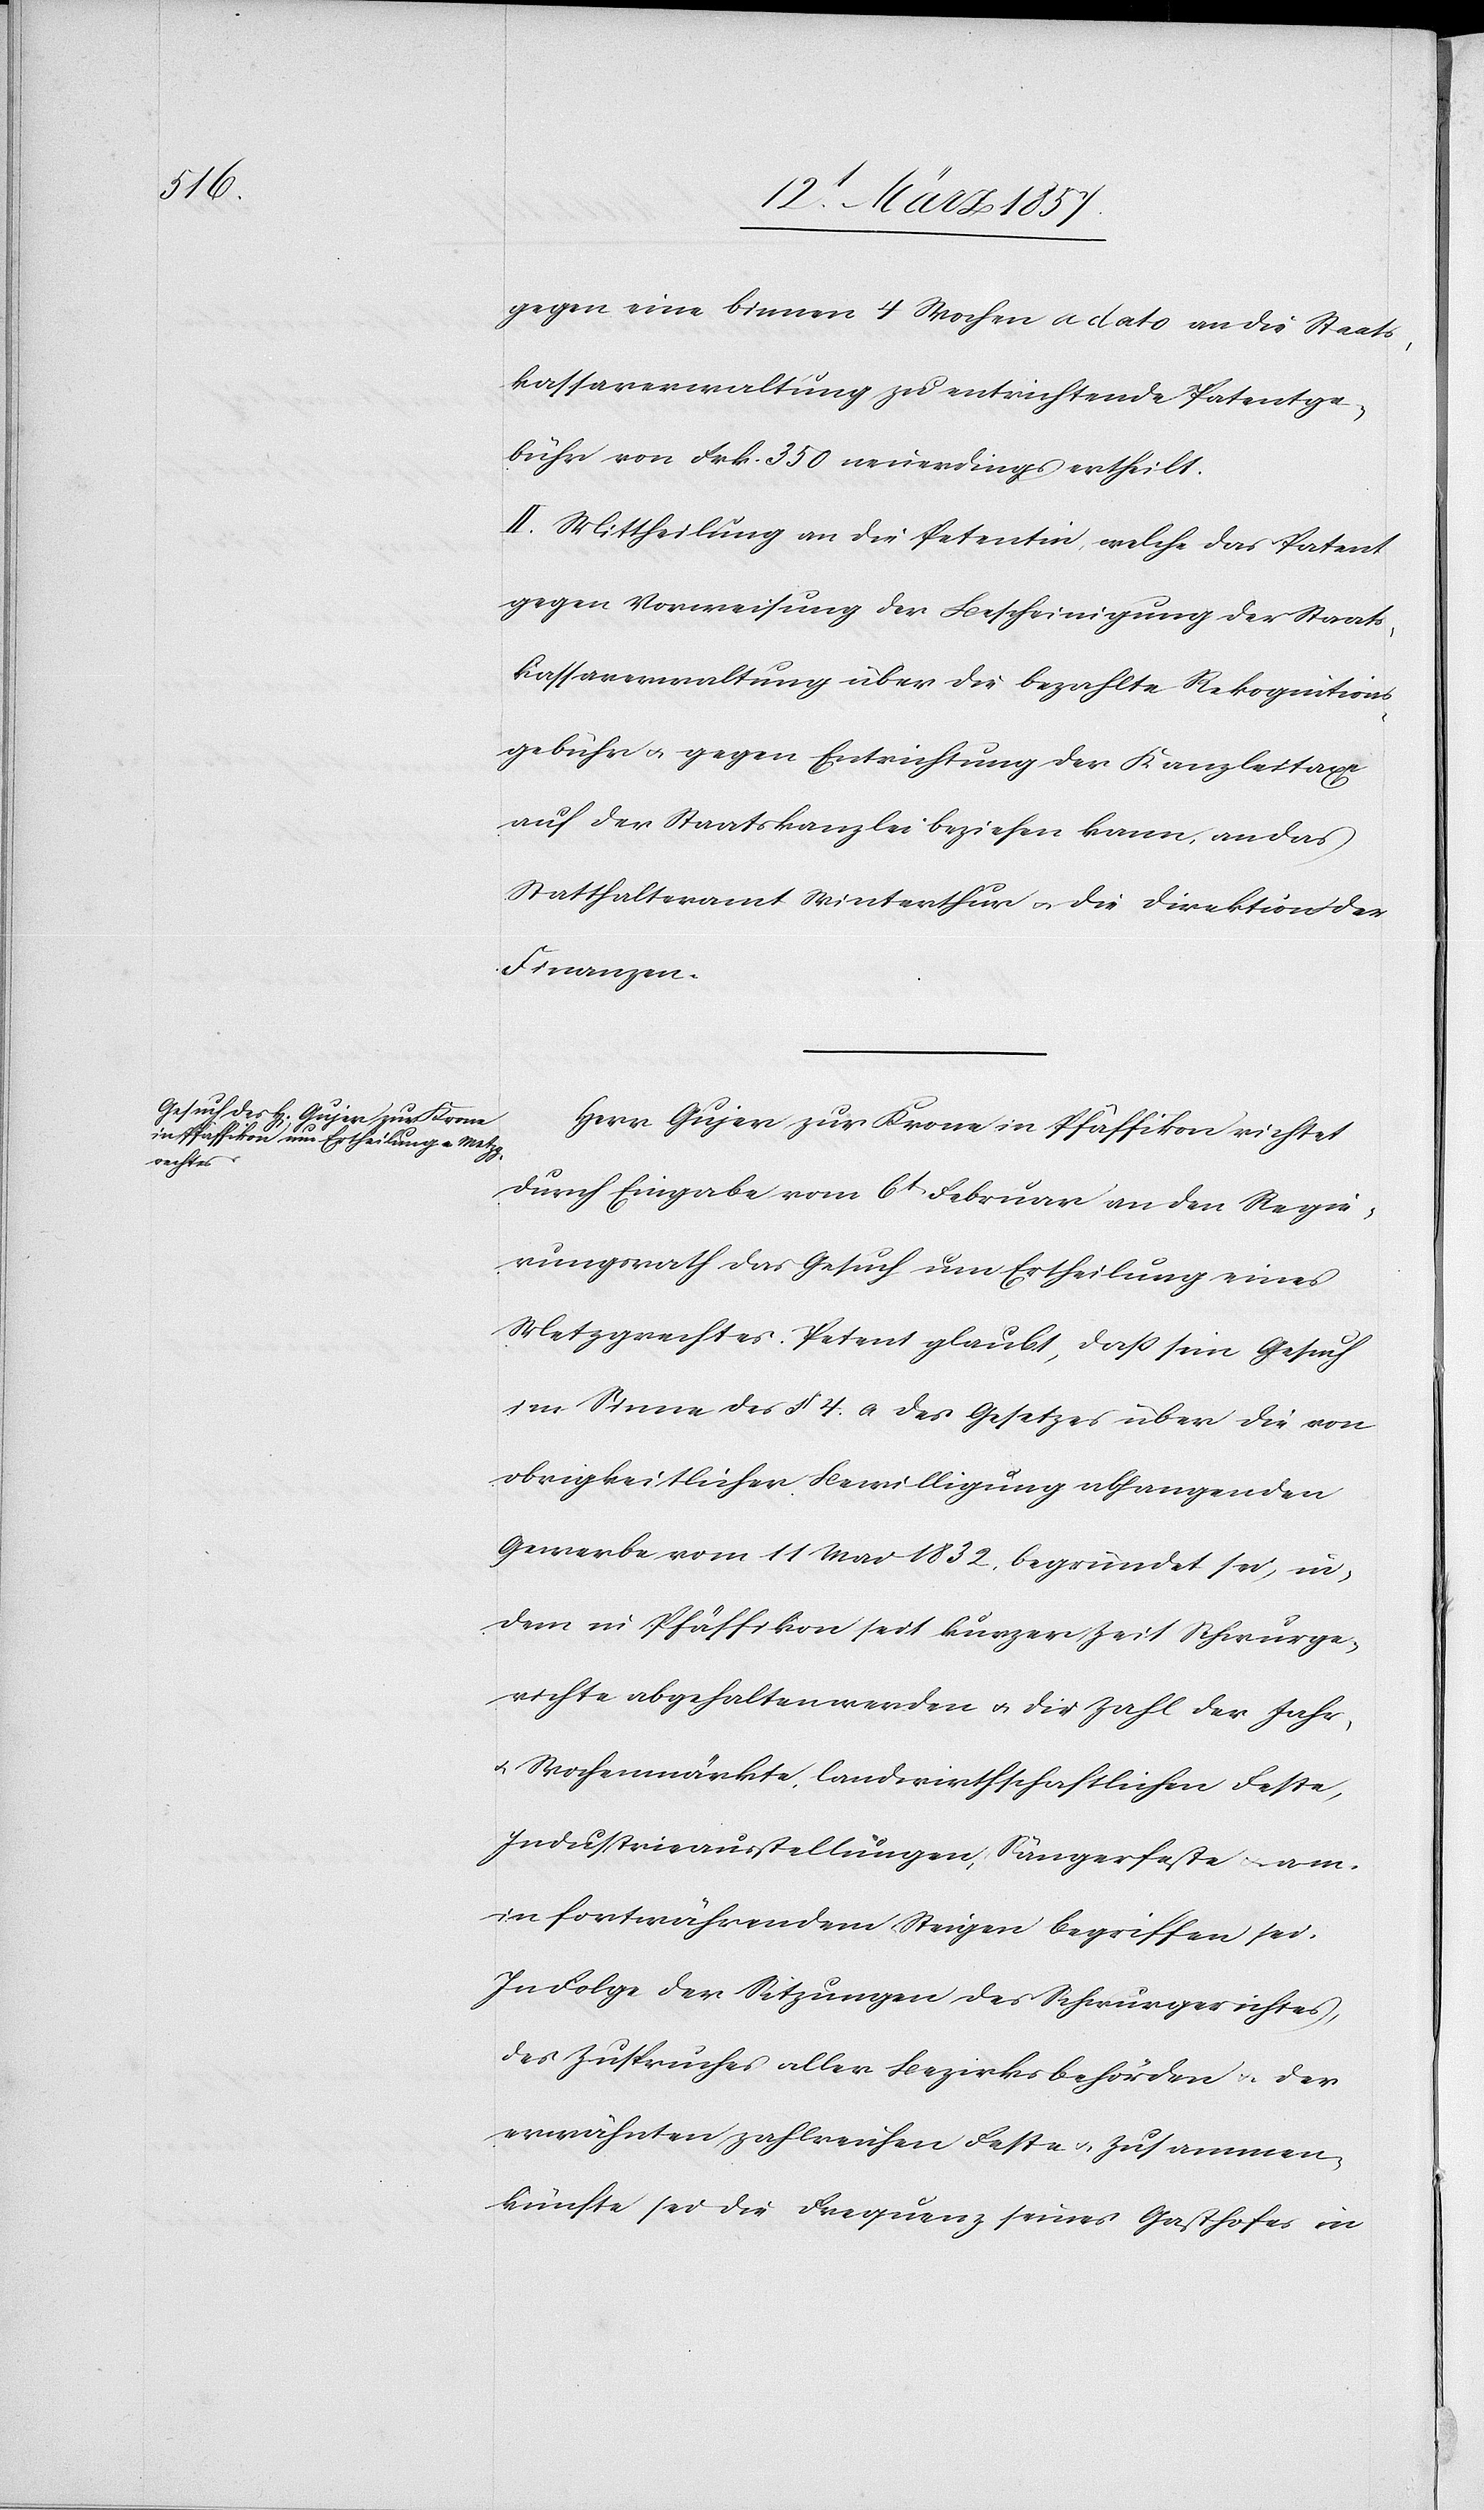
gegen eine binnen 4 Wochen a dato an die Staats¬
kassaverwaltung zu entrichtende Patentge¬
bühr von Frk. 350 neuerdings ertheilt.
II. Mittheilung an die Petentin, welche das Patent
gegen Vorweisung der Bescheinigung der Staats¬
kassaverwaltung über die bezahlte Rekognitions¬
gebühr u. gegen Entrichtung der Kanzleitaxe
auf der Staatskanzlei beziehen kann, an das
Statthalteramt Winterthur u. die Direktion der
Finanzen.
Herr Gujer zur Krone in Pfäffikon richtet
durch Eingabe vom 6t Februar an den Regie¬
rungsrath das Gesuch um Ertheilung eines
Metzgrechts. Petent glaubt, daß sein Gesuch
im Sinne des § 4. a des Gesetzes über die von
obrigkeitlicher Bewilligung abhangenden
Gewerbe vom 11 Mai 1832 begründet sei, in¬
dem in Pfäffikon seit kurzer Zeit Schwurge¬
richte abgehalten werden u. die Zahl der Jahr-
u. Wochenmärkte, landwirthschaftlichen Feste,
Industrieausstellungen, Sängerfeste u. a. m.
in fortwährendem Steigen begriffen sei.
In Folge der Sitzungen des Schwurgerichtes,
des Zuspruches aller Bezirksbehörden u. der
erwähnten zahlreichen Feste u. Zusammen¬
künfte sei die Frequenz seines Gasthofes in